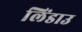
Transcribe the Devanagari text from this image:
लिंडाउ